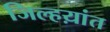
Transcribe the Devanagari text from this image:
जिल्हय़ांत